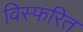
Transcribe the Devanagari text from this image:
विस्फरित